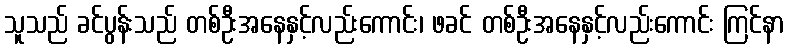
သူသည် ခင်ပွန်းသည် တစ်ဦးအနေနှင့်လည်းကောင်း၊ ဖခင် တစ်ဦးအနေနှင့်လည်းကောင်း ကြင်နာ